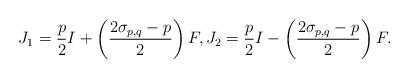
LaTeX: \begin{align*}J_{1}=\frac{p}{2}I +\left(\frac{2\sigma _{p, q}-p}{2}\right)F, J_{2}=\frac{p}{2}I-\left(\frac{2\sigma _{p, q}-p}{2}\right)F.\end{align*}